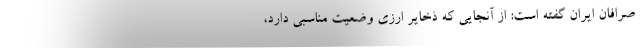
صرافان ایران گفته است: از آنجایی که ذخایر ارزی وضعیت مناسبی دارد،